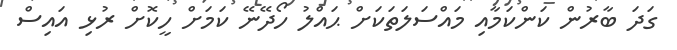
ގަދަ ބާރުން ކަންކަމާއި މައްސަލަތަކަށް ޙައްލު ހޯދޭނޭ ކަމަށް ހީކޮށް ރުޅި އައިސް